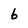
Character: 6